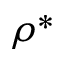
\rho ^ { * }